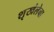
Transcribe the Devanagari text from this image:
शृखंलेचा